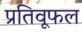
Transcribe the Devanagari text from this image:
प्रतिवूफल